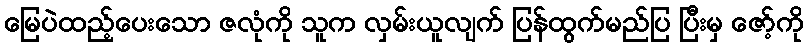
မြေပဲထည့်ပေးသော ဇလုံကို သူက လှမ်းယူလျက် ပြန်ထွက်မည်ပြ ပြီးမှ ဇော့်ကို